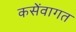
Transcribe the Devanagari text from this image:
कसेंवागत